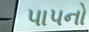
પાપનો